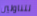
تتناولين